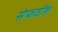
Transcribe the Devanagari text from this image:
सेफवॉश